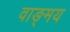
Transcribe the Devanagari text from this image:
वाङ्‍मय